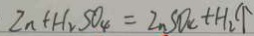
Z n + H _ { 2 } S O _ { 4 } = Z n S O _ { 4 } + H _ { 2 } \uparrow